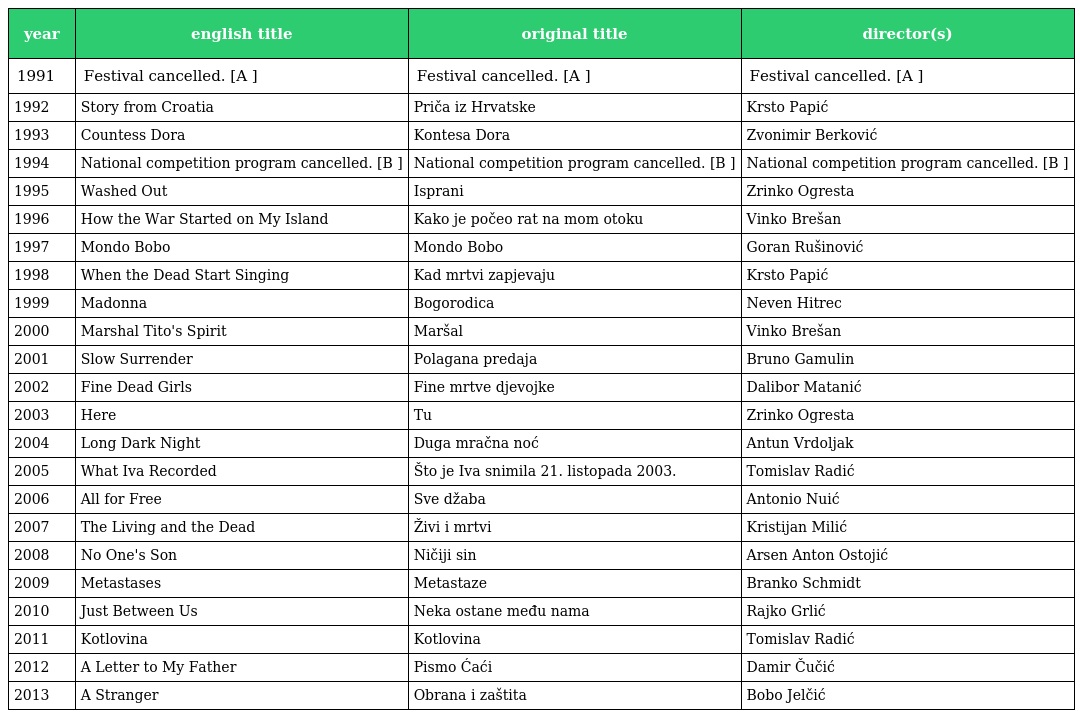
| year | english title | original title | director(s) |
 | --- | --- | --- | --- |
 | 1991 | Festival cancelled. [A ] | Festival cancelled. [A ] | Festival cancelled. [A ] |
 | 1992 | Story from Croatia | Priča iz Hrvatske | Krsto Papić |
 | 1993 | Countess Dora | Kontesa Dora | Zvonimir Berković |
 | 1994 | National competition program cancelled. [B ] | National competition program cancelled. [B ] | National competition program cancelled. [B ] |
 | 1995 | Washed Out | Isprani | Zrinko Ogresta |
 | 1996 | How the War Started on My Island | Kako je počeo rat na mom otoku | Vinko Brešan |
 | 1997 | Mondo Bobo | Mondo Bobo | Goran Rušinović |
 | 1998 | When the Dead Start Singing | Kad mrtvi zapjevaju | Krsto Papić |
 | 1999 | Madonna | Bogorodica | Neven Hitrec |
 | 2000 | Marshal Tito's Spirit | Maršal | Vinko Brešan |
 | 2001 | Slow Surrender | Polagana predaja | Bruno Gamulin |
 | 2002 | Fine Dead Girls | Fine mrtve djevojke | Dalibor Matanić |
 | 2003 | Here | Tu | Zrinko Ogresta |
 | 2004 | Long Dark Night | Duga mračna noć | Antun Vrdoljak |
 | 2005 | What Iva Recorded | Što je Iva snimila 21. listopada 2003. | Tomislav Radić |
 | 2006 | All for Free | Sve džaba | Antonio Nuić |
 | 2007 | The Living and the Dead | Živi i mrtvi | Kristijan Milić |
 | 2008 | No One's Son | Ničiji sin | Arsen Anton Ostojić |
 | 2009 | Metastases | Metastaze | Branko Schmidt |
 | 2010 | Just Between Us | Neka ostane među nama | Rajko Grlić |
 | 2011 | Kotlovina | Kotlovina | Tomislav Radić |
 | 2012 | A Letter to My Father | Pismo Ćaći | Damir Čučić |
 | 2013 | A Stranger | Obrana i zaštita | Bobo Jelčić |